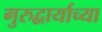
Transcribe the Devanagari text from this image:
गुरुद्वार्याच्या